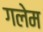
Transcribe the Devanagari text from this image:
गलेम